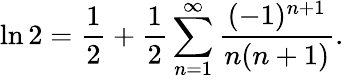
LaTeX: \ln 2={\frac{1}{2}}+{\frac{1}{2}}\sum_{n=1}^{\infty}{\frac{(-1)^{n+1}}{n(n+1)}}.